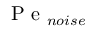
\mathrm { ~ P ~ e ~ } _ { n o i s e }